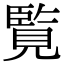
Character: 覧